Scottish Leaving Certificate Examination, 1953
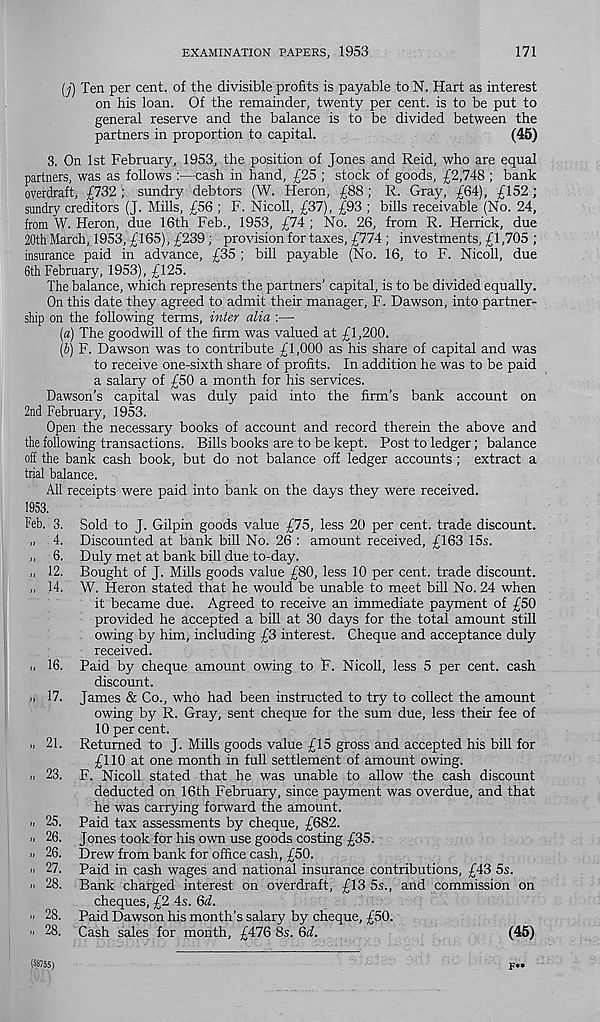
EXAMINATION PAPERS, 1953
171
(j) Ten per cent, of the divisible profits is payable to N. Hart as interest
on his loan. Of the remainder, twenty per cent, is to be put to
general reserve and the balance is to be divided between the
partners in proportion to capital.
(45)
3. On 1st February, 1953, the position of Jones and Reid, who are equal
partners, was as follows :—cash in hand, £25 ; stock of goods, £2,748 ; bank
overdraft, £732 ; sundry debtors (W. Heron, £88; R. Gray, £64), £152 ;
sundry creditors (J. Mills, £56 ; F. Nicoll, £37), £93 ; bills receivable (No. 24,
from W. Heron, due 16th Feb., 1953, £74 ; No. 26, from R. Herrick, due
20th March, 1953, £165), £239 ; provision for taxes, £774 ; investments, £1,705 ;
insurance paid in advance, £35 ; bill payable (No. 16, to F. Nicoll, due
6th February, 1953), £125.
The balance, which represents the partners’ capital, is to be divided equally.
On this date they agreed to admit their manager, F. Dawson, into partner-
ship on the following terms, infer alia :—
(«) The goodwill of the firm was valued at £1,200.
(b) F. Dawson was to contribute £1,000 as his share of capital and was
to receive one-sixth share of profits. In addition he was to be paid
a salary of £50 a month for his services.
Dawson’s capital was duly paid into the firm’s bank account on
2nd February, 1953.
Open the necessary books of account and record therein the above and
the following transactions. Bills books are to be kept. Post to ledger; balance
off the bank cash book, but do not balance off ledger accounts ; extract a
trial balance.
All receipts were paid into bank on the days they were received.
1953.
Feb. 3. Sold to J. Gilpin goods value £75, less 20 per cent, trade discount.
„ 4. Discounted at bank bill No. 26 : amount received, £163 15s.
„ 6. Duly met at bank bill due to-day.
>. 12. Bought of J. Mills goods value £80, less 10 per cent, trade discount.
,, 14. W. Heron stated that he would be unable to meet bill No. 24 when
it became due. Agreed to receive an immediate payment of £50
provided he accepted a bill at 30 days for the total amount still
owing by him, including £3 interest. Cheque and acceptance duly
received.
ti 16. Paid by cheque amount owing to R. Nicoll, less 5 per cent, cash
discount.
.1 17. James & Co., who had been instructed to try to collect the amount
owing by R. Gray, sent cheque for the sum due, less their fee of
10 per cent.
n 21. Returned to J. Mills goods value £15 gross and accepted his bill for
£110 at one month in full settlement of amount owing.
a 23. F. Nicoll stated that he was unable to allow the cash discount
deducted on 16th February, since payment was overdue, and that
he was carrying forward the amount.
n 25. Paid tax assessments by cheque, £682.
n 26. Jones took for his own use goods costing £35.
i. 26. Drew from bank for office cash, £50.
» 27. Paid in cash wages and national insurance contributions, £43 5s.
' • 28. Bank charged interest on overdraft, £13 5s., and commission on
cheques, £2 4s. 6d.
" 28. Paid Dawson his month’s salary by cheque, £50.
" 28. Cash sales for month, £476 8s. 6d.
(45)
f*»
(58755)